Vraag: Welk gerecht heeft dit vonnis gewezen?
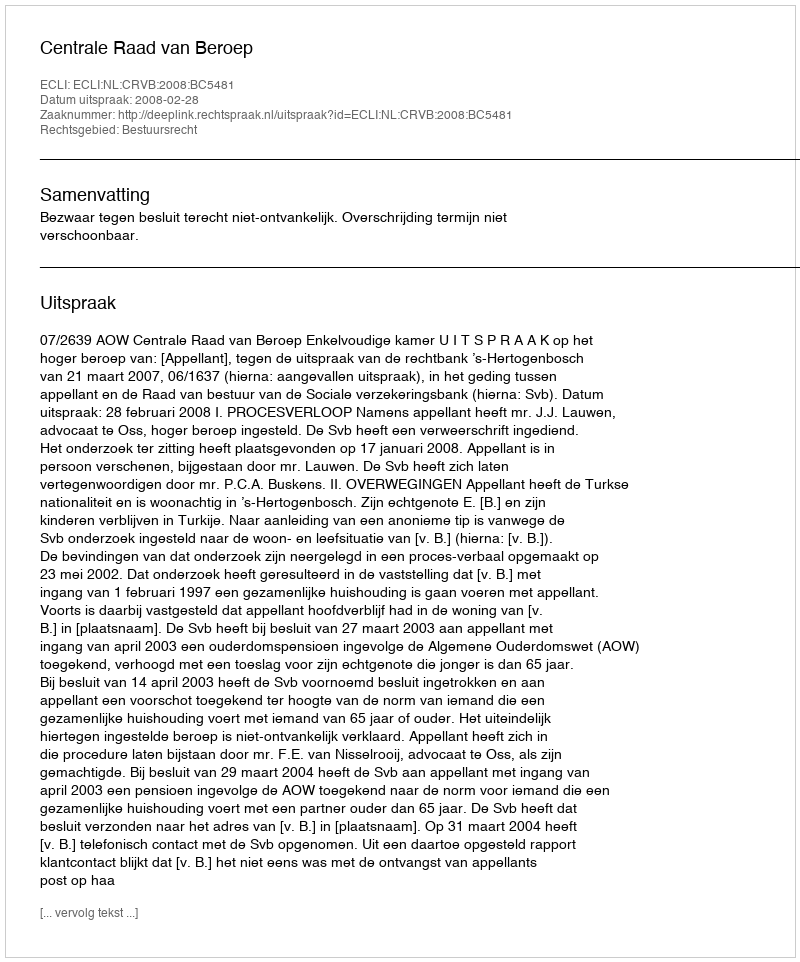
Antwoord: Centrale Raad van Beroep